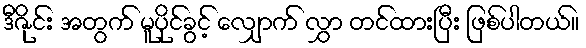
ဒီဇိုင်း အတွက် မူပိုင်ခွင့် လျှောက် လွှာ တင်ထားပြီး ဖြစ်ပါတယ်။